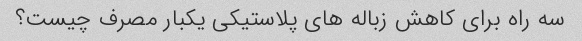
سه راه برای کاهش زباله های پلاستیکی یکبار مصرف چیست؟